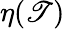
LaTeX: \eta(\mathscr{T})